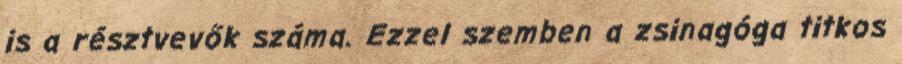
is a résztvevők száma. Ezzel szemben a zsinagóga titkos